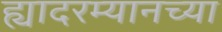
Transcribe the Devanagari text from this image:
ह्यादरम्यानच्या